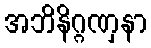
အဘိနိဂ္ဂဏှနာ